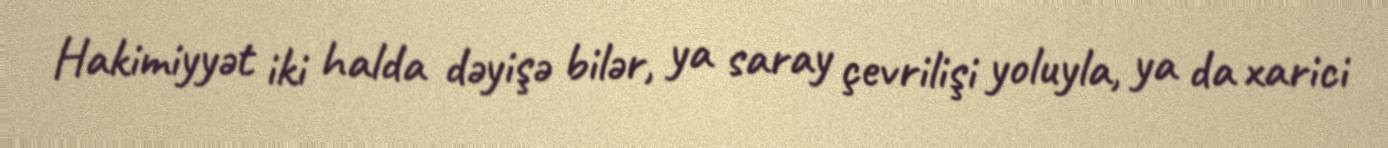
Hakimiyyət iki halda dəyişə bilər, ya saray çevrilişi yoluyla, ya da xarici